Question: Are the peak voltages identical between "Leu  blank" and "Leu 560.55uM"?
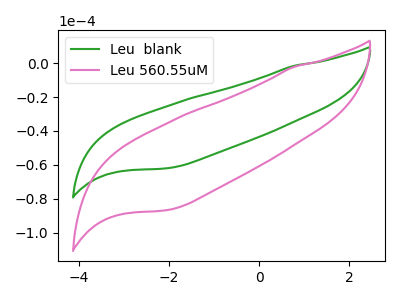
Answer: <think>The green curve "Leu  blank" has no peaks. The pink curve "Leu 560.55uM" has no peaks.</think>
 <answer>Niether CV has any peaks.</answer>
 <eval>blanks</eval>